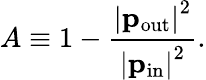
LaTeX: A\equiv 1-\frac{\left|\mathbf{p}_{\mathrm{{out}}}\right|^{2}}{\left|\mathbf{p}_{\mathrm{{in}}}\right|^{2}}.